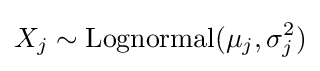
X_{j}\sim \operatorname {Lognormal} (\mu _{j},\sigma _{j}^{2})